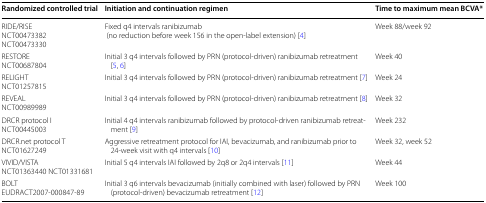
<table><thead><tr><td><b>Randomized controlled trial</b></td><td><b>Initiation and continuation regimen</b></td><td><b>Time to maximum mean BCVA*</b></td></tr></thead><tbody><tr><td>RIDE/RISENCT00473382NCT00473330</td><td>Fixed q4 intervals ranibizumab (no reduction before week 156 in the open-label extension) [4]</td><td>Week 88/week 92</td></tr><tr><td>RESTORENCT00687804</td><td>Initial 3 q4 intervals followed by PRN (protocol-driven) ranibizumab retreatment [5, 6]</td><td>Week 40</td></tr><tr><td>RELIGHTNCT01257815</td><td>Initial 3 q4 intervals followed by PRN (protocol-driven) ranibizumab retreatment [7]</td><td>Week 24</td></tr><tr><td>REVEALNCT00989989</td><td>Initial 3 q4 intervals followed by PRN (protocol-driven) ranibizumab retreatment [8]</td><td>Week 32</td></tr><tr><td>DRCR protocol INCT00445003</td><td>Initial 4 q4 intervals ranibizumab followed by protocol-driven ranibizumab retreatment [9]</td><td>Week 232</td></tr><tr><td>DRCR.net protocol TNCT01627249</td><td>Aggressive retreatment protocol for IAI, bevacizumab, and ranibizumab prior to 24-week visit with q4 intervals [10]</td><td>Week 32, week 52</td></tr><tr><td>VIVID/VISTANCT01363440 NCT01331681</td><td>Initial 5 q4 intervals IAI followed by 2q8 or 2q4 intervals [11]</td><td>Week 44</td></tr><tr><td>BOLTEUDRACT2007-000847-89</td><td>Initial 3 q6 intervals bevacizumab (initially combined with laser) followed by PRN (protocol-driven) bevacizumab retreatment [12]</td><td>Week 100</td></tr></tbody></table>